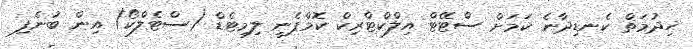
ޚިދުމަތް ކެނޑިދާނެ ކަމަށް ސްޓޭޓް އިލްކްޓްރިކް ކޮމްޕެނީ ލިމިޓެޑް (ސްޓެލްކޯ) އިން ބުނެފި